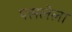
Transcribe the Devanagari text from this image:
पसलेला